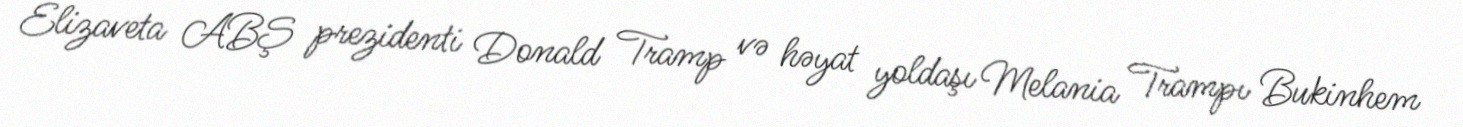
Elizaveta ABŞ prezidenti Donald Tramp və həyat yoldaşı Melania Trampı Bukinhem